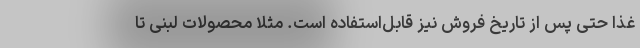
غذا حتی پس از تاریخ فروش نیز قابل‌استفاده است. مثلا محصولات لبنی تا